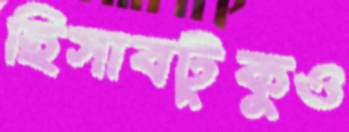
হিসাবটুকুও